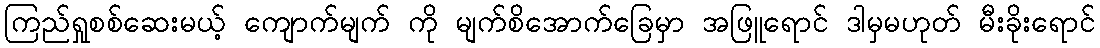
ကြည်ရှုစစ်ဆေးမယ့် ကျောက်မျက် ကို မျက်စိအောက်ခြေမှာ အဖြူရောင် ဒါမှမဟုတ် မီးခိုးရောင်